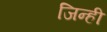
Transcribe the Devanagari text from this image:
जिन्ही